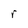
Character: r